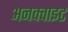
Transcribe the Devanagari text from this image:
अनक्वाइट